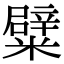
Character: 糪